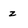
Character: z